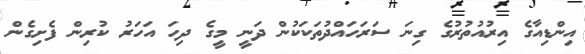
އިންޑިއާގެ އިރުއުތުރުގެ ގިނަ ސަރަހައްދުތަކަކުން ދަނީ މީގެ ދިހަ އަހަރު ކުރިން ފެށިގެން